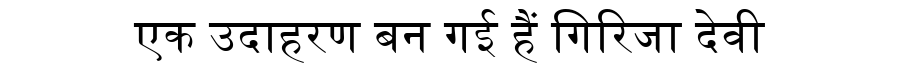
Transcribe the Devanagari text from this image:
एक उदाहरण बन गई हैं गिरिजा देवी